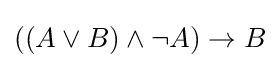
((A\lor B)\land \neg A)\to B